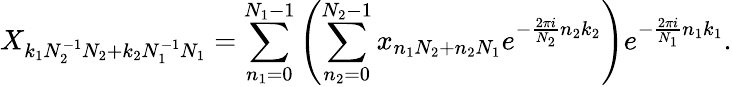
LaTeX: X_{k_{1}N_{2}^{-1}N_{2}+k_{2}N_{1}^{-1}N_{1}}=\sum_{n_{1}=0}^{N_{1}-1}\left(\sum_{n_{2}=0}^{N_{2}-1}x_{n_{1}N_{2}+n_{2}N_{1}}e^{-{\frac{2\pi i}{N_{2}}}n_{2}k_{2}}\right)e^{-{\frac{2\pi i}{N_{1}}}n_{1}k_{1}}.